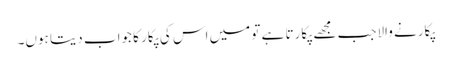
پکارنے والاجب مجھے پکارتا ہے تو میں اس کی پکار کا جواب دیتا ہوں۔